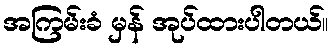
အကြမ်းခံ မှန် အုပ်ထားပါတယ်။